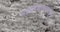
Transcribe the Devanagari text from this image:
महाविद्यालयाकडून